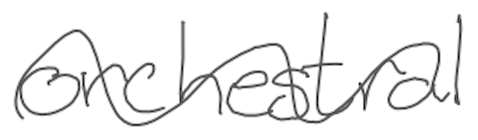
Text: orchestral
Cross-out: wave
Writing tool: digital_gray